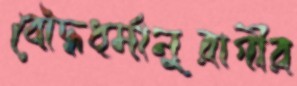
বৌদ্ধধর্মানুরাগীর